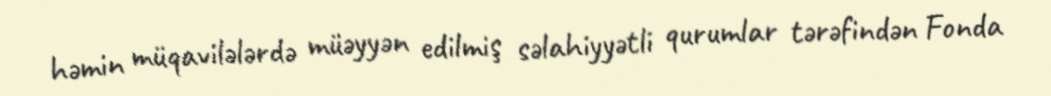
həmin müqavilələrdə müəyyən edilmiş səlahiyyətli qurumlar tərəfindən Fonda